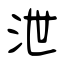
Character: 泄